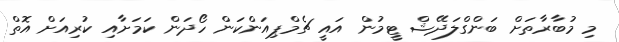
މި މުބާރާތަށް ބަންގްލަދޭޝް ޓީމުން އައީ ޗެމްޕިއަންކަން ހޯދަން ކަމަށާއި ކުރިއަށް އޮތް